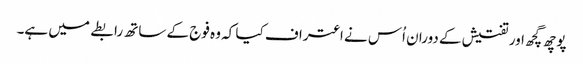
پوچھ گچھ اور تفتیش کے دوران اُس نے اعتراف کیا کہ وہ فوج کے ساتھ رابطے میں ہے۔